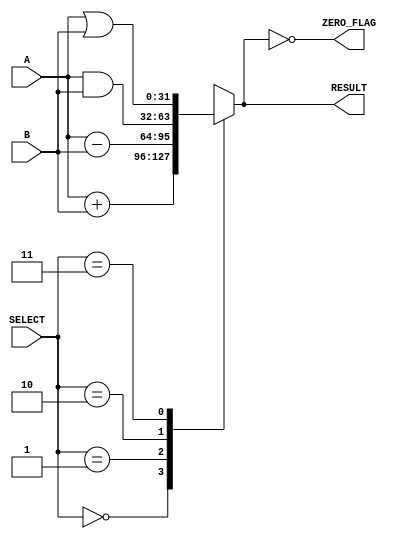
module parameterized_alu #(
    parameter DATA_WIDTH = 32,
    parameter OPERATION_SET = 4 // Number of operations
)(
    input  [DATA_WIDTH-1:0] A,
    input  [DATA_WIDTH-1:0] B,
    input  [$clog2(OPERATION_SET)-1:0] SELECT,
    output reg [DATA_WIDTH-1:0] RESULT,
    output reg ZERO_FLAG
);

    // Operation definitions
    localparam ADD      = 3'b000;
    localparam SUBTRACT = 3'b001;
    localparam AND      = 3'b010;
    localparam OR       = 3'b011;
    localparam XOR      = 3'b100;
    localparam LT       = 3'b101; // Less than
    localparam GT       = 3'b110; // Greater than

    always @(*) begin
        case (SELECT)
            ADD:      RESULT = A + B;
            SUBTRACT: RESULT = A - B;
            AND:      RESULT = A & B;
            OR:       RESULT = A | B;
            XOR:      RESULT = A ^ B;
            LT:       RESULT = (A < B) ? 1'b1 : 1'b0; // Result is 1 bit
            GT:       RESULT = (A > B) ? 1'b1 : 1'b0; // Result is 1 bit
            default:  RESULT = {DATA_WIDTH{1'b0}}; // Default to zero
        endcase

        // Set ZERO_FLAG
        ZERO_FLAG = (RESULT == {DATA_WIDTH{1'b0}});
    end

endmodule